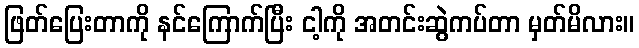
ဖြတ်ပြေးတာကို နင်ကြောက်ပြီး ငါ့ကို အတင်းဆွဲကပ်တာ မှတ်မိလား။